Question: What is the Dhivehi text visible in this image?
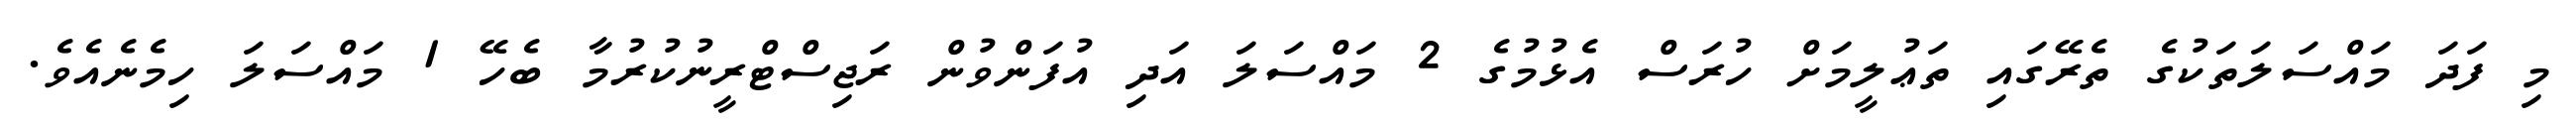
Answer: މި ފަދަ މައްސަލަތަކުގެ ތެރޭގައި ތަޢުލީމަށް ހުރަސް އެޅުމުގެ 2 މައްސަލަ އަދި އުފަންވުން ރަޖިސްޓްރީނުކުރުމާ ބެހޭ 1 މައްސަލަ ހިމެނެއެވެ.